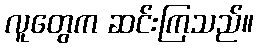
လူတွေက ဆင်းကြသည်။